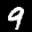
Label: 9